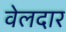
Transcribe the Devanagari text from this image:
वेलदार